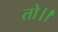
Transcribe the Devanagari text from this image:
तो।।